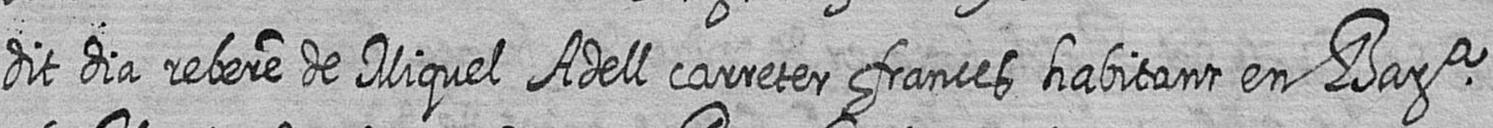
dit dia rebere de Miquel Adell carreter frances habitant en Bara